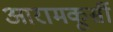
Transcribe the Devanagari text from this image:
आरामकूर्सी